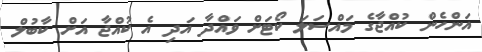
އަންހެން ކުއްޖާގެ މައްސަލަ ކޯޓަށް ވައްދާ އަދި އެ ކުއްޖާ އަށް ކާބުލް